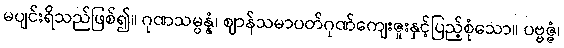
မပျင်းရိသည်ဖြစ်၍။ ဂုဏသမ္ပန္နံ၊ ဈာန်သမာပတ်ဂုဏ်ကျေးဇူးနှင့်ပြည့်စုံသော။ ပဗ္ဗဇ္ဇံ၊